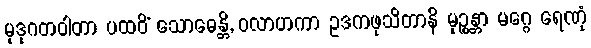
မုဒုဂတဝါတာ ပထဝိံ သောဓေန္တိ, ဝလာဟကာ ဥဒကဖုသိတာနိ မုဉ္စန္တာ မဂ္ဂေ ရေဏုံ